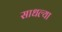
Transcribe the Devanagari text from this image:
साधल्या